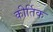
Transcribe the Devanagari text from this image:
कीर्तिक